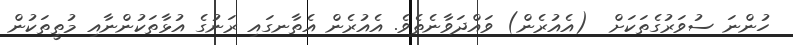
ހުންނަ ސުވަރުގެތަކަށް  (އެއުރެން) ވައްދަވާނެތެވެ. އެއުރެން އެތާނގައި ރަނުގެ އުޅާތަކުންނާއި މުތީތަކުން